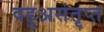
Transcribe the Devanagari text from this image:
वहुअसंतृप्त